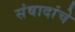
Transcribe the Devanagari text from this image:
संवादांचे